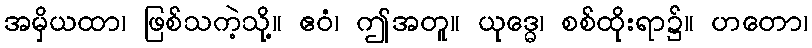
အမှိယထာ၊ ဖြစ်သကဲ့သို့။ ဧဝံ၊ ဤအတူ။ ယုဒ္ဓေ၊ စစ်ထိုးရာ၌။ ဟတော၊